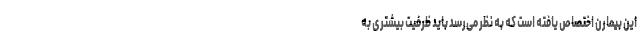
این بیمارن اختصاص یافته است که به نظر می‌رسد باید ظرفیت بیشتری به